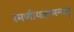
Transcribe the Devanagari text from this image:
रमणीयतरमन्यत्